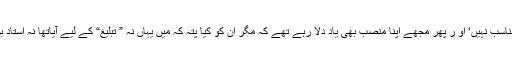
برادرم عبداللہ صاحب مجھے سمجھا رہے تھے کہ یہ مناسب نہیں‘ او ر پھر مجھے اپنا منصب بھی یاد دلا رہے تھے کہ مگر ان کو کیا پتہ کہ میں یہاں نہ ” تبلیغ“ کے لیے آیاتھا نہ استاد بن کے‘ بلکہ ایک سیاح، صرف اور صرف ایک ”سیاح“۔